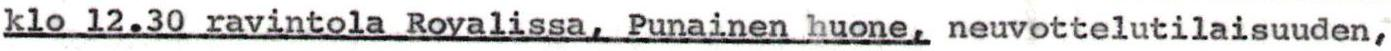
klo 12.30 ravintola Royalissa, Punainen huone, neuvottelutilaisuuden,